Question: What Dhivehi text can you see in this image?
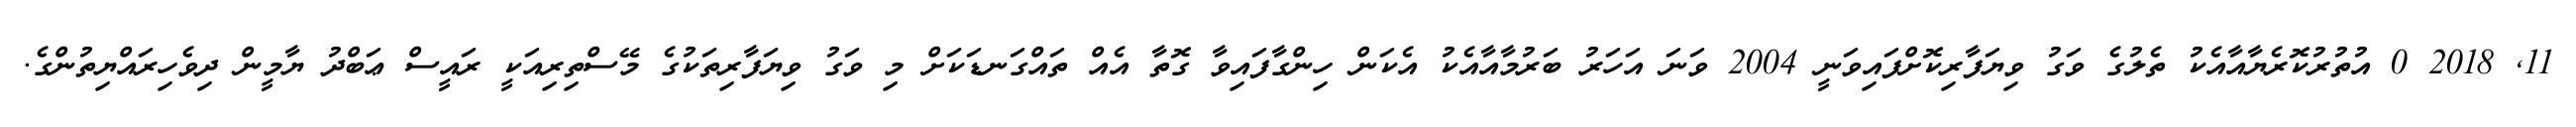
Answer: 11, 2018 0 އުތުރުކޮރެޔާއާއެކު ތެލުގެ ވަގު ވިޔަފާރިކޮށްފައިވަނީ 2004 ވަނަ އަހަރު ބަރުމާއާއެކު އެކަން ހިންގާފައިވާ ގޮތާ އެއް ތައްގަނޑަކަށް މި ވަގު ވިޔަފާރިތަކުގެ މޭސްތިރިއަކީ ރައީސް ޢަބްދު ޔާމީން ދިވެހިރައްޔިތުންގެ.